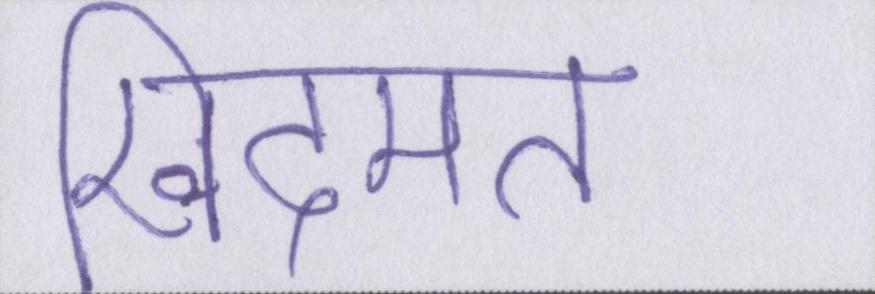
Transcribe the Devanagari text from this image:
खिदमत